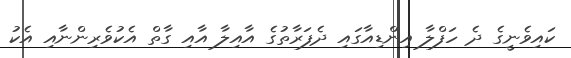
ކައިވެނީގެ ދެ ހަފްލާ އިންޑިއާގައި ދެފަރާތުގެ އާއިލާ އާއި ގާތް އެކުވެރިންނާއި އެކު